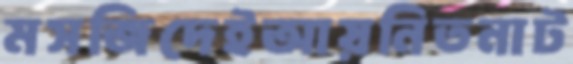
মসজিদেইআয়নিতনাট